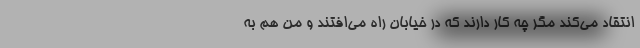
انتقاد می‌کند مگر چه کار دارند که در خیابان راه می‌افتند و من هم به